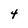
Character: 4